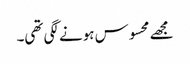
مجھے محسوس ہونے لگی تھی۔